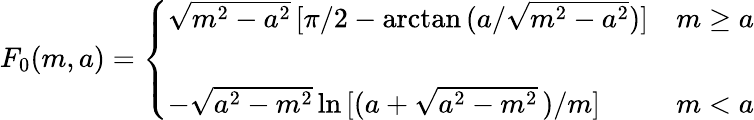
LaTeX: F_{0}(m,a)=\left\{ \begin{array}{ll}{{\sqrt{m^{2}-a^{2}}\, [\pi/2-\mathrm{arctan}\, (a/\sqrt{m^{2}-a^{2}})]}}&{{m\geq a}}\\ {{}}&{{}}\\ {{-\sqrt{a^{2}-m^{2}}\, \mathrm{ln}\, [(a+\sqrt{a^{2}-m^{2}}\, )/m]}}&{{m<a}}\end{array}\right.